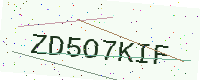
Text: ZD5O7KIF